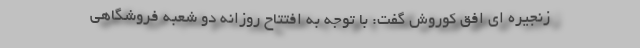
زنجیره ای افق کوروش گفت: با توجه به افتتاح روزانه دو شعبه فروشگاهی